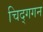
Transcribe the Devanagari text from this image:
चिद्‌गगन